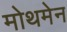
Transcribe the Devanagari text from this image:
मोथमेन